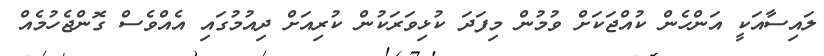
ލައިސާއަކީ އަންހެން ކުއްޖަކަށް ވުމުން މިފަދަ ކުޅިވަރަކުން ކުރިއަށް ދިއުމުގައި އެއްވެސް ގޮންޖެހުމެއް